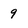
Character: 9